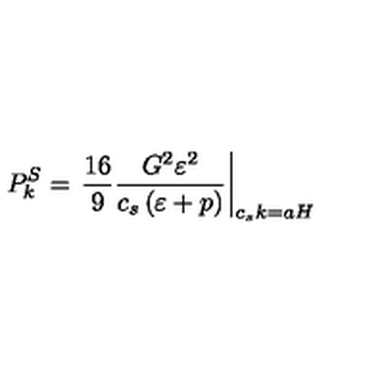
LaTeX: P _ { k } ^ { S } = \left. \frac { 1 6 } { 9 } \frac { G ^ { 2 } \varepsilon ^ { 2 } } { c _ { s } \left( \varepsilon + p \right) } \right| _ { c _ { s } k = a H }